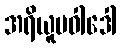
အရိယူပဝါဒေါ